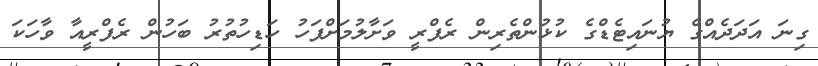
ގިނަ އަދަދެއްގެ ޔުނައިޓެޑްގެ ކުޅުންތެރިން ރެފްރީ ވަށާލުމަށްފަހު ހަޑިހުތުރު ބަހުން ރެފްރީއާ ވާހަކަ